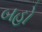
બહો